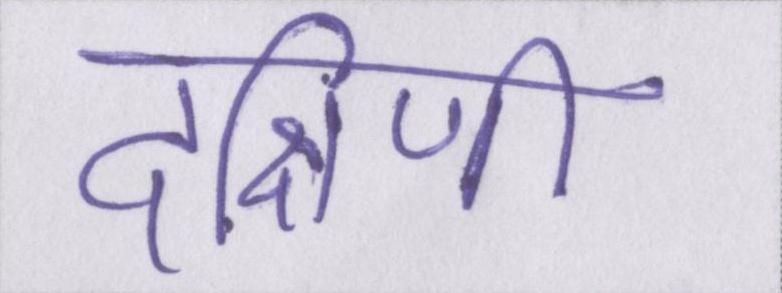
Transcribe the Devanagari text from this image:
दक्षिणी